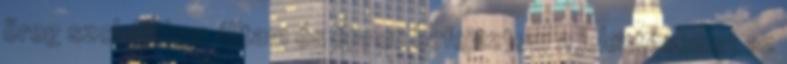
öreg szobájában álltam és éppen befejeztem a jelentésemet az